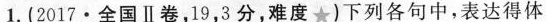
1.(2017·全国Ⅱ卷，19，3分，难度★)下列各句中，表达得体